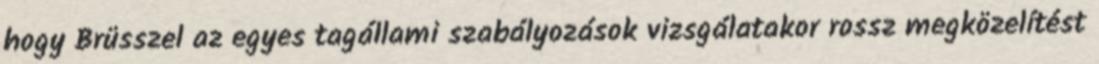
hogy Brüsszel az egyes tagállami szabályozások vizsgálatakor rossz megközelítést